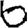
Digit: 6